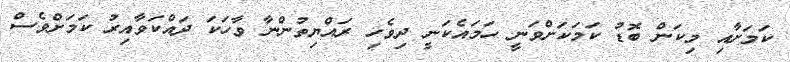
ކަމަށާއި މިކަން ބޮޑު ކަމަކަށްވަނީ ހަމައެކަނީ ދިވެހި ރައްޔިތުންނާ ވާހަކަ ދައްކަވާއިރު ކަމަށްވެސް